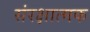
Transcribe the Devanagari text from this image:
संरक्षात्मक